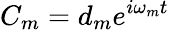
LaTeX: C_{m}=d_{m}e^{i\omega_{m}t}